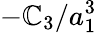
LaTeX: -\mathbb{C}_{3}/a_{1}^{3}